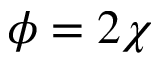
\phi = 2 \chi